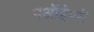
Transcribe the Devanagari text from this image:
पऑईण्टॅ